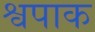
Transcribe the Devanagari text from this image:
श्वपाक